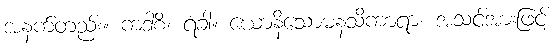
အနက်တည်း။ ကဒါစိ၊ ရံခါ။ ယောနိသောမနသိကာရာ၊ အသင့်အားဖြင့်